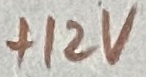
Text: +12V